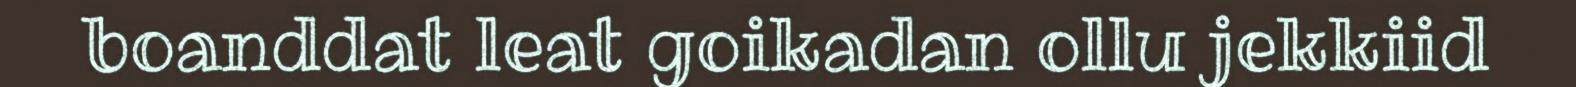
boanddat leat goikadan ollu jekkiid